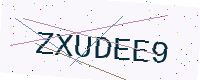
Text: ZXUDEE9